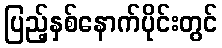
ပြည့်နှစ်နောက်ပိုင်းတွင်